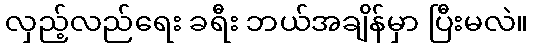
လှည့်လည်ရေး ခရီး ဘယ်အချိန်မှာ ပြီးမလဲ။